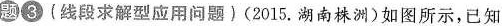
题③ (线段求解型应用问题)(2015.湖南株洲)如图所示，已知